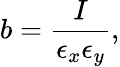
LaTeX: b=\frac{I}{\epsilon_{x}\epsilon_{y}},